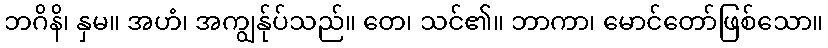
ဘဂိနိ၊ နှမ။ အဟံ၊ အကျွန်ုပ်သည်။ တေ၊ သင်၏။ ဘာကာ၊ မောင်တော်ဖြစ်သော။